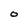
Character: O